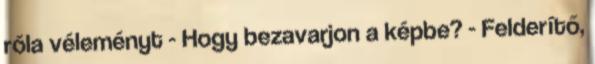
róla véleményt - Hogy bezavarjon a képbe? - Felderítő,